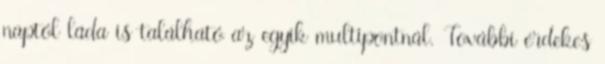
naptól láda is található az egyik multipontnál. További érdekes